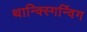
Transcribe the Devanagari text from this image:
थान्क्स्गिन्विंग